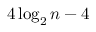
4 \log _ { 2 } n - 4